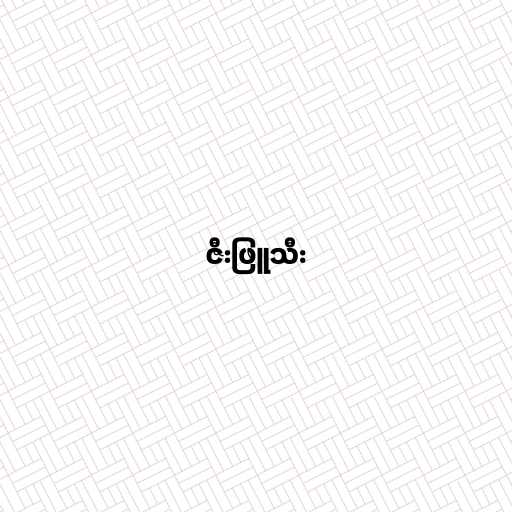
ဇီးဖြူသီး